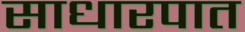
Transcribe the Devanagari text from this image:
साधारपात